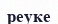
реуке